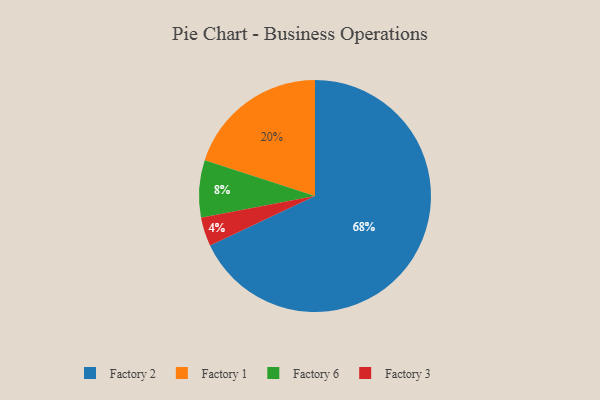
{"axis": {"x": "Category", "y": "Percentage"}, "legend": ["Factory 1", "Factory 2", "Factory 3", "Factory 6"], "data": [{"x": "Factory 1", "y": 20, "type": "Factory 1"}, {"x": "Factory 2", "y": 68, "type": "Factory 2"}, {"x": "Factory 3", "y": 4, "type": "Factory 3"}, {"x": "Factory 6", "y": 8, "type": "Factory 6"}]}